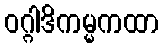
ဝဂ္ဂါဒိကမ္မကထာ